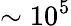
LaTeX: \sim\mathrm{10^{5}}